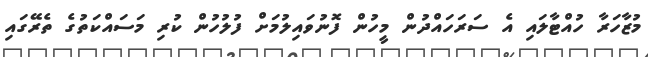
މުޒާހަރާ ހުއްޓާލައި އެ ސަރަހައްދުން މީހުން ފޮނުވައިލުމަށް ފުލުހުން ކުރި މަސައްކަތުގެ ތެރޭގައި